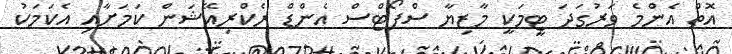
އޮތް އެންމެ ވަރުގަދަ ޓީމަކީ މާޒިޔާ ސްޕޯޓްސް އެންޑް ރެކްރިއޭޝަން ކަމަށާއި އެކަމަކު